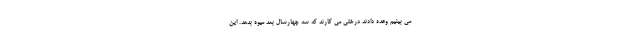
می بینیم وعده دادند درختی می کارند که سه چهارسال بعد میوه بدهد. این